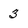
Character: 3